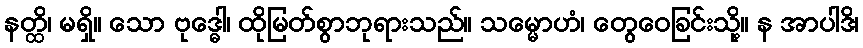
နတ္ထိ၊ မရှိ။ သော ဗုဒ္ဓေါ၊ ထိုမြတ်စွာဘုရားသည်။ သမ္မောဟံ၊ တွေဝေခြင်းသို့။ န အာပါဒိ၊